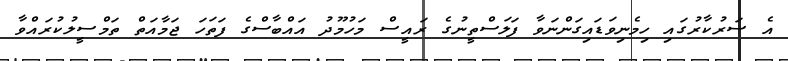
އެ ސަރުކާރުގައި ހިމެނިވަޑައިގަންނަވާ ފަލަސްތީނުގެ ރައީސް މަހުމޫދު އައްބާސްގެ ފަތަހަ ޖަމާއަތް ތަމްސީލުކުރައްވާ